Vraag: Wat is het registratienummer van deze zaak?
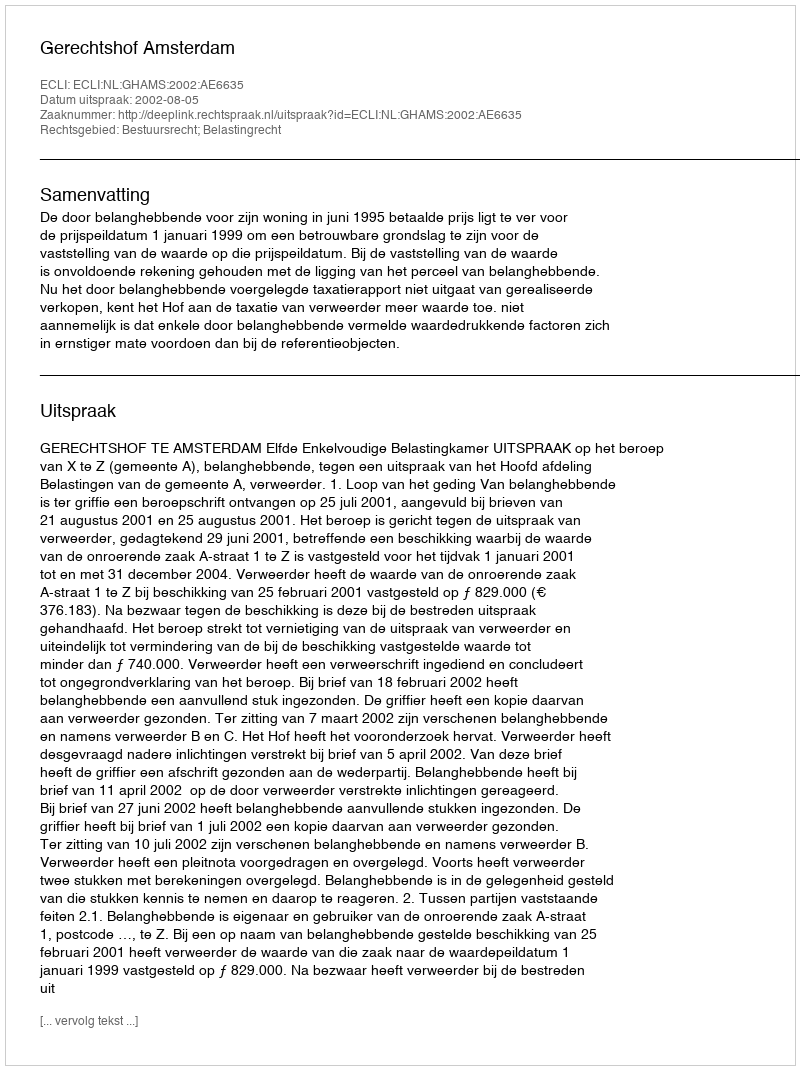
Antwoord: http://deeplink.rechtspraak.nl/uitspraak?id=ECLI:NL:GHAMS:2002:AE6635